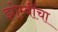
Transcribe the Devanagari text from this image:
झोम्बींचा